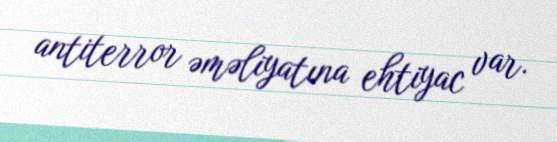
antiterror əməliyatına ehtiyac var.